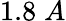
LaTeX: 1.8\; A